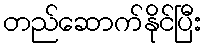
တည်ဆောက်နိုင်ပြီး